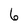
Character: 6